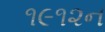
૧૯૧૨ન